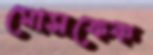
মোসফেক